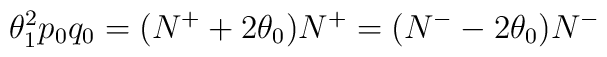
\theta_1^2p_0q_0=(N^++2\theta_0)N^+=(N^--2\theta_0)N^-